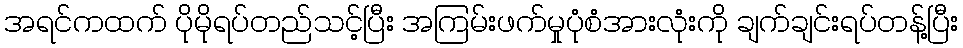
အရင်ကထက် ပိုမိုရပ်တည်သင့်ပြီး အကြမ်းဖက်မှုပုံစံအားလုံးကို ချက်ချင်းရပ်တန့်ပြီး